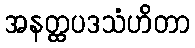
အနတ္ထပဒသံဟိတာ